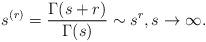
LaTeX: \begin{align*}s^{(r)} = \frac{\Gamma(s+r)}{\Gamma(s)} \sim s^r,s \to \infty.\end{align*}